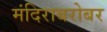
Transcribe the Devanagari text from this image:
मंदिराबरोबर